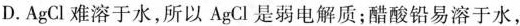
D.AgCl难溶于水，所以AgCl是弱电解质；醋酸铅易溶于水，